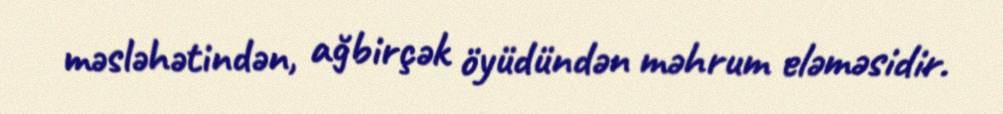
məsləhətindən, ağbirçək öyüdündən məhrum eləməsidir.